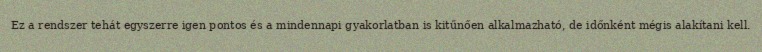
Ez a rendszer tehát egyszerre igen pontos és a mindennapi gyakorlatban is kitűnően alkalmazható, de időnként mégis alakítani kell.